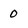
Character: 0